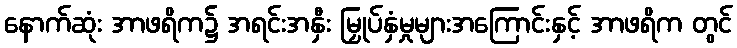
နောက်ဆုံး အာဖရိက၌ အရင်းအနှီး မြှုပ်နှံမှုများအကြောင်းနှင့် အာဖရိက တွင်